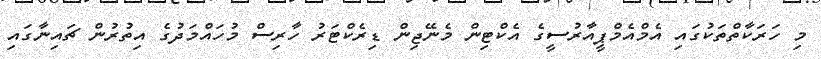
މި ހަރަކާތްތަކުގައި އެމްއެމްޕީއާރުސީގެ އެކްޓިން މެނޭޖިން ޑިރެކްޓަރު ހާރިސް މުހައްމަދުގެ އިތުރުން ޗައިނާގައި